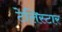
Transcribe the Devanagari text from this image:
टेलिस्टार